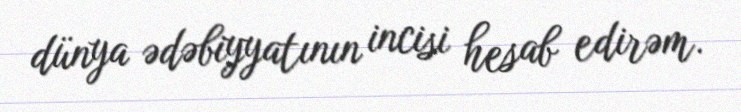
dünya ədəbiyyatının incisi hesab edirəm.